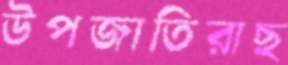
উপজাতিরাছ